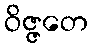
ဝိဇ္ဇတေ